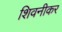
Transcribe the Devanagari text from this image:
शिवनीकर